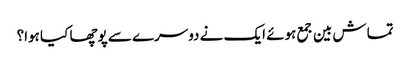
تماش بین جمع ہوئے ایک نے دوسرے سے پوچھا کیا ہوا؟